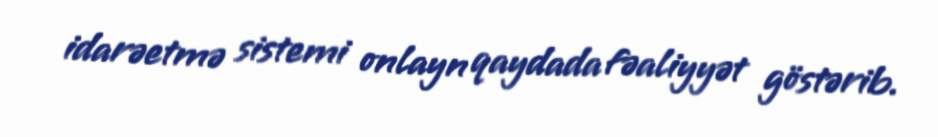
idarəetmə sistemi onlayn qaydada fəaliyyət göstərib.